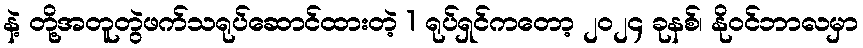
နဲ့ တို့အတူတွဲဖက်သရုပ်ဆောင်ထားတဲ့ 1 ရုပ်ရှင်ကတော့ ၂၀၂၄ ခုနစ်၊ နိုဝင်ဘာလမှာ